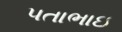
પતાભાઇ